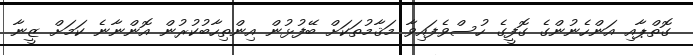
ގޮތްޕާއި އަންހެނުންގެ ގޮފީގެ ހުސްވެފައިވާ މަޤާމުތަކަށް ބޭފުޅުން އިންތިހާބުކުރުން އޮންނާނެ ކަމަށް ޒީނާ